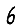
Digit: 6